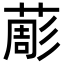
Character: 𦸔